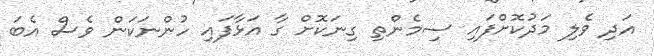
އަދި ވެލި މަދުކޮށްފައި ސިމެންތި ގިނަކޮށް ގާ އަޅާފައި ހުންނަކަން ވެސް އެބަ